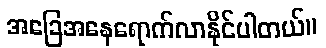
အခြေအနေရောက်လာနိုင်ပါတယ်။